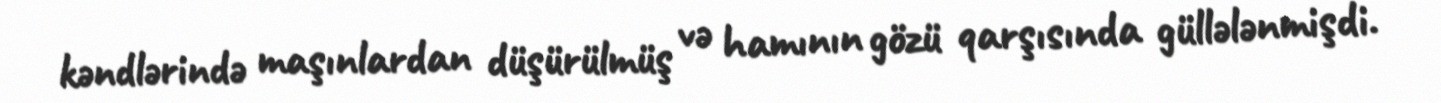
kəndlərində maşınlardan düşürülmüş və hamının gözü qarşısında güllələnmişdi.